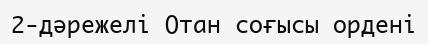
2-дәрежелі Отан соғысы ордені